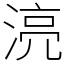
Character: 湸